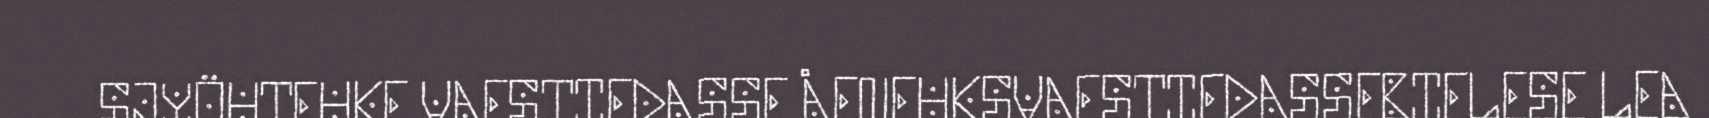
SJYÖHTEHKE VAESTIEDASSE ÅENEHKSVAESTIEDASSEBIELESE LEA